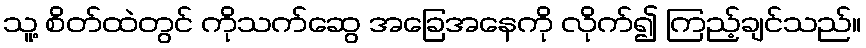
သူ့ စိတ်ထဲတွင် ကိုသက်ဆွေ အခြေအနေကို လိုက်၍ ကြည့်ချင်သည်။